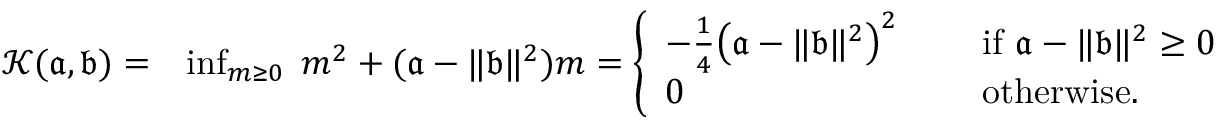
\begin{array} { r l } { { \mathcal K } ( \mathfrak { a } , \mathfrak { b } ) = } & { \operatorname* { i n f } _ { m \geq 0 } \; m ^ { 2 } + ( \mathfrak { a } - \| \mathfrak { b } \| ^ { 2 } ) m = \left\{ \begin{array} { l l } { - \frac { 1 } { 4 } \bigl ( \mathfrak { a } - \| \mathfrak { b } \| ^ { 2 } \bigr ) ^ { 2 } \quad } & { \mathrm { ~ i f ~ } \mathfrak { a } - \| \mathfrak { b } \| ^ { 2 } \geq 0 } \\ { 0 \quad } & { \mathrm { ~ o t h e r w i s e . ~ } } \end{array} \right. } \end{array}